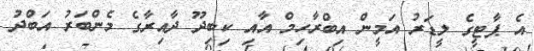
އެ ޕާޓީގެ ލީޑަރު އަމީން އިބްރާހިމް އާއި ކިބިދޫ ދާއިރާގެ މެންބަރު އަބްދު